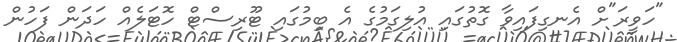
"ހަވީރަ"ށް އެނގިފައިވާ ގޮތުގައި އުލިގަމުގެ އެ ބިމުގައި ޓޫރިސްޓް ހޮޓަލެއް ހަދަން ފަހުން